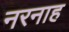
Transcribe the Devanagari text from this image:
नरनाह